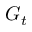
G _ { t }